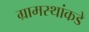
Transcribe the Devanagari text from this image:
ग्रामस्थांकडे